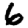
Digit: 6